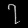
Digit: ၇